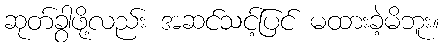
ဆုတ်ခွာဖို့လည်း အဆင်သင့်ပြင် မထားခဲ့မိဘူး။